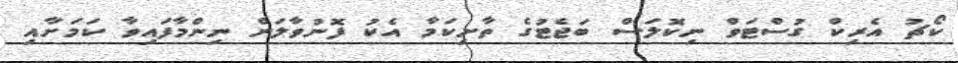
ކޯޗު އެރިކް ގުސްޓަވް ނިކޮލަސް ބަޖެޓުގެ ތާށިކަމާ އެކު ފޮނުވާލަން ނިންމާފައިވާ ކަމަށާއި